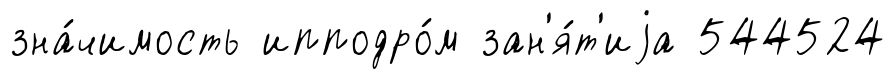
зна́чимость ипподро́м зан'я́т'иjа 544524